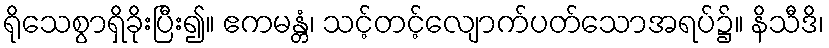
ရိုသေစွာရှိခိုးပြီး၍။ ဧကမန္တံ၊ သင့်တင့်လျောက်ပတ်သောအရပ်၌။ နိသီဒိ၊